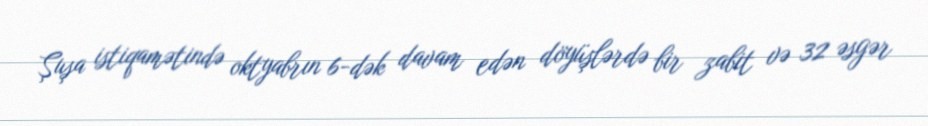
Şuşa istiqamətində oktyabrın 6-dək davam edən döyüşlərdə bir zabit və 32 əsgər